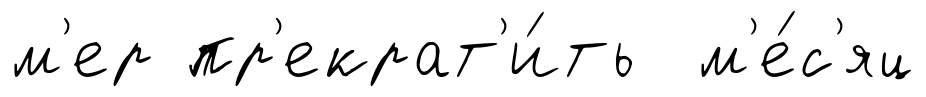
м'ер пр'екрат'и́ть м'е́с'яц